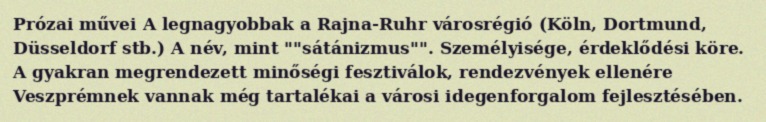
Prózai művei A legnagyobbak a Rajna-Ruhr városrégió (Köln, Dortmund, Düsseldorf stb.) A név, mint ""sátánizmus"". Személyisége, érdeklődési köre. A gyakran megrendezett minőségi fesztiválok, rendezvények ellenére Veszprémnek vannak még tartalékai a városi idegenforgalom fejlesztésében.